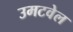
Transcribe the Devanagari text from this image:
उमटवेल